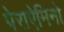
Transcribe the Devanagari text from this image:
पेराऐमिनो